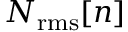
N _ { \mathrm { r m s } } [ n ]